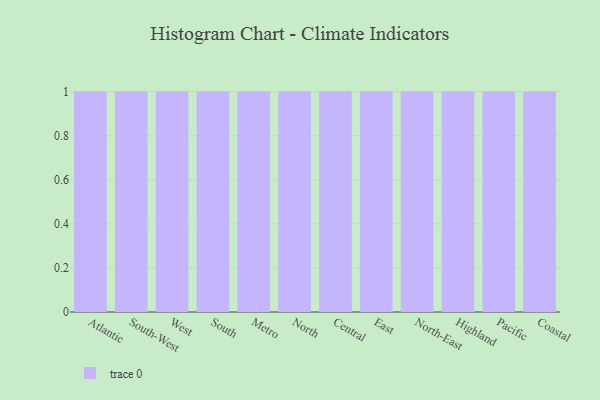
{"axis": {"x": "Region", "y": "LTV (USD)"}, "legend": [""], "data": [{"x": "Atlantic", "y": 71, "type": ""}, {"x": "South-West", "y": 89, "type": ""}, {"x": "West", "y": 85, "type": ""}, {"x": "South", "y": 81, "type": ""}, {"x": "Metro", "y": 95, "type": ""}, {"x": "North", "y": 2, "type": ""}, {"x": "Central", "y": 47, "type": ""}, {"x": "East", "y": 38, "type": ""}, {"x": "North-East", "y": 56, "type": ""}, {"x": "Highland", "y": 36, "type": ""}, {"x": "Pacific", "y": 7, "type": ""}, {"x": "Coastal", "y": 42, "type": ""}]}